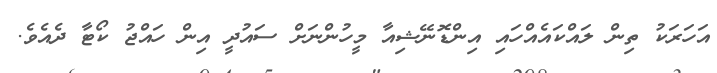
އަހަރަކު ތިން ލައްކައެއްހައި އިންޑޮނޭޝިއާ މީހުންނަށް ސައުދީ އިން ހައްޖު ކޯޓާ ދެއެވެ.